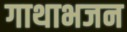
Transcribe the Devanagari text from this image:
गाथाभजन